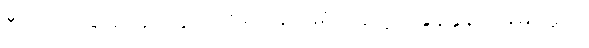
ဒီလိုအခြေအနေတွေကြားမှာ အမေရိကန်ရဲ့ အခွန်နှုန်းတိုးမြှင့်မှုက